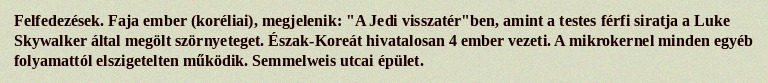
Felfedezések. Faja ember (koréliai), megjelenik: "A Jedi visszatér"ben, amint a testes férfi siratja a Luke Skywalker által megölt szörnyeteget. Észak-Koreát hivatalosan 4 ember vezeti. A mikrokernel minden egyéb folyamattól elszigetelten működik. Semmelweis utcai épület.